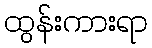
ထွန်းကားရာ